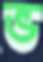
ভ